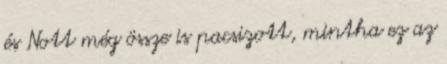
és Nott még össze is pacsizott, mintha ez az